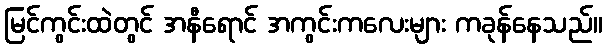
မြင်ကွင်းထဲတွင် အနီရောင် အကွင်းကလေးများ ကခုန်နေသည်။